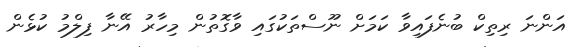
އަންނަ ރިތިކް ބުނެފައިވާ ކަމަށް ނޫސްތަކުގައި ވާގޮތުން މިހާރު އޭނާ ފިލްމު ކުޅެން